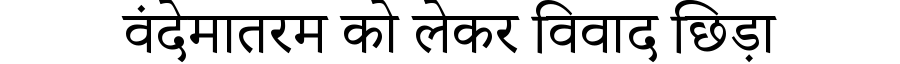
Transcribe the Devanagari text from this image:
वंदेमातरम को लेकर विवाद छिड़ा